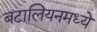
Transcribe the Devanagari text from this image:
बटालियनमध्ये